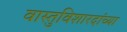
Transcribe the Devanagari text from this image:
वास्तुविशारदांच्या